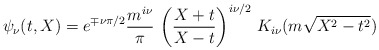
\begin{align*}\psi_\nu(t,X) =e^{ \mp \nu \pi / 2}\frac{m^{i\nu}}{\pi} \,\left( \frac{X + t}{X - t} \right)^{i\nu/2} \,K_{i\nu} (m \sqrt{X^2 - t^2})\end{align*}